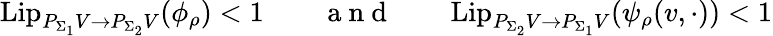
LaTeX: \mathrm{Lip}_{P_{\Sigma_{1}}V\to P_{\Sigma_{2}}V}(\phi_{\rho})<1\qquad\mathrm{~a~n~d~}\qquad\mathrm{Lip}_{P_{\Sigma_{2}}V\to P_{\Sigma_{1}}V}(\psi_{\rho}(v,\cdot))<1